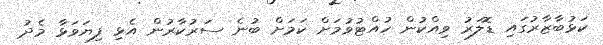
ކަޅުބާޒާރުގައި ޑޮލަރު ވިއްކުން ހުއްޓުވުމަށް ކަމަށް ބުނެ ސަރުކާރުން އެޅި ފިޔަވަޅާ މެދު